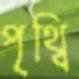
পৃথ্বি